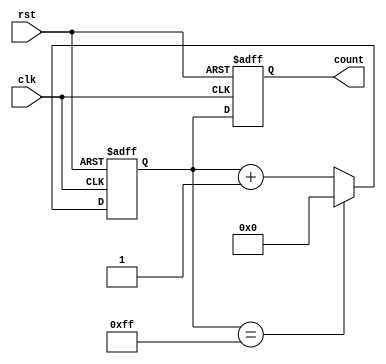
module CascadedCounter (
    input clk,
    input rst,
    output reg [7:0] count // 8-bit count value
);

reg [7:0] counter1;
reg [7:0] counter2;
reg [7:0] counter3;

always @(posedge clk or posedge rst) begin
    if (rst) begin
        counter1 <= 8'b00000000; // Reset counters to 0
        counter2 <= 8'b00000000;
        counter3 <= 8'b00000000;
        count <= 8'b00000000;
    end else begin
        counter1 <= counter1 + 1; // Increment counters
        if (counter1 == 8'b11111111) begin
            counter1 <= 8'b00000000;
            counter2 <= counter2 + 1;
            if (counter2 == 8'b11111111) begin
                counter2 <= 8'b00000000;
                counter3 <= counter3 + 1;
                if (counter3 == 8'b11111111) begin
                    counter3 <= 8'b00000000;
                end
            end
        end
        count <= {counter3, counter2, counter1}; // Concatenate counters to form output count
    end
end

endmodule